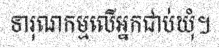
ទារុណកម្មលើអ្នកជាប់ឃុំ។